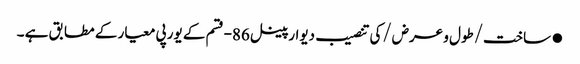
●ساخت/طول و عرض/کی تنصیب دیوار پینل 86-قسم کے یورپی معیار کے مطابق ہے ۔